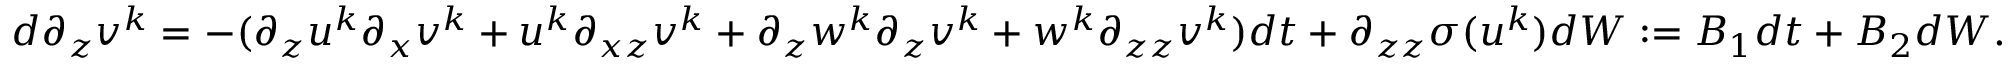
\begin{array} { r l } & { d \partial _ { z } v ^ { k } = - ( \partial _ { z } u ^ { k } \partial _ { x } v ^ { k } + u ^ { k } \partial _ { x z } v ^ { k } + \partial _ { z } w ^ { k } \partial _ { z } v ^ { k } + w ^ { k } \partial _ { z z } v ^ { k } ) d t + \partial _ { z z } \sigma ( u ^ { k } ) d W : = B _ { 1 } d t + B _ { 2 } d W . } \end{array}